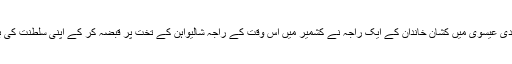
دوسری صدی عیسوی میں کشان خاندان کے ایک راجہ نے کشمیر میں اس وقت کے راجہ شالیواہن کے تخت پر قبضہ کر کے اپنی سلطنت کی بُنیاد رکھی۔